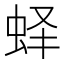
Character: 𰲵